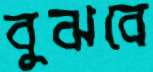
বুঝবে